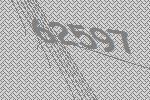
62597